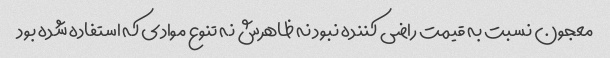
معجون نسبت به قیمت راضی کننده نبود نه ظاهرش نه تنوع موادی که استفاده شده بود